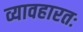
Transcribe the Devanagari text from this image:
व्यावहारतः